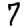
Digit: 7